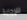
للإجابة